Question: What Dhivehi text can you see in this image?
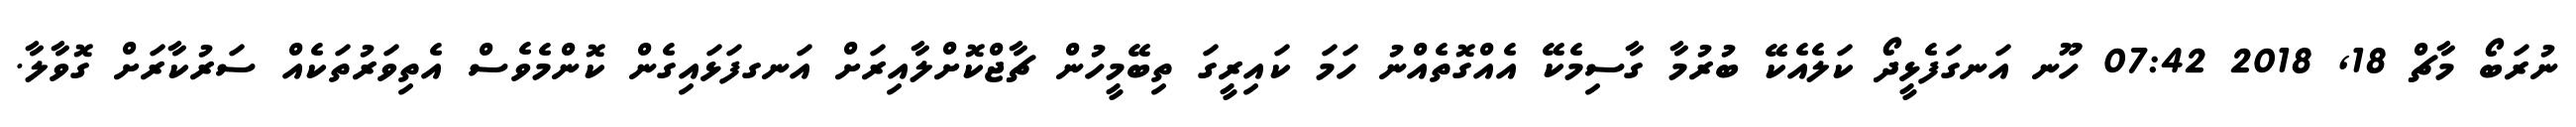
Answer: ނުރަބޯ މާޗް 18, 2018 07:42 ހޫނ އަނގަފެޅީދޯ ކަލެއެކޭ ބުރުމާ ގާސިމެކޭ އެއްގޮތެއްނު ހަމަ ކައިރީގަ ތިބޭމީހުން ޗާޖްކޮށްލާއިރަށް އަނގފަޅައިގެން ކޮންމެވެސް އެތިވަރުތަކެއް ސަރުކާރަށް ގޮވާލާ.